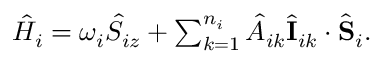
\begin{array} { r } { \hat { H } _ { i } = { \omega } _ { i } \hat { S } _ { i z } + \sum _ { k = 1 } ^ { n _ { i } } \hat { A } _ { i k } \hat { \bf I } _ { i k } \cdot \hat { \bf S } _ { i } . } \end{array}